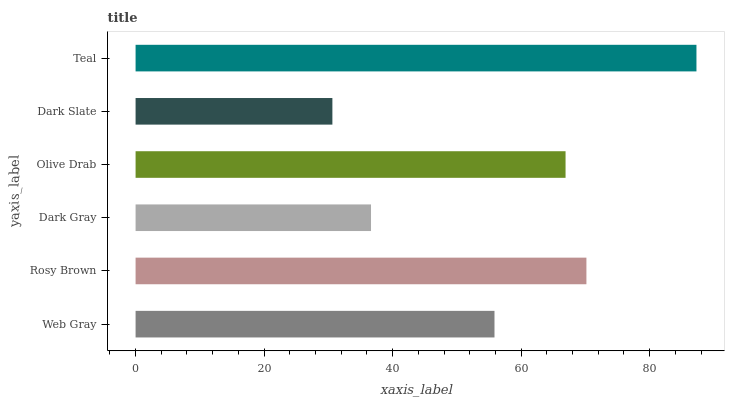
| yaxis_label | bars |
 | --- | --- |
 | Web Gray | 55.9 |
 | Rosy Brown | 70.2 |
 | Dark Gray | 36.6 |
 | Olive Drab | 66.9 |
 | Dark Slate | 30.6 |
 | Teal | 87.3 |